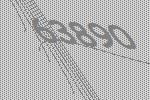
63890